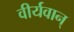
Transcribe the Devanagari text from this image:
वीर्यवान्‌